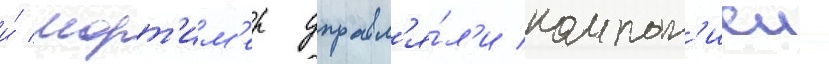
и́ морт'им'ер управл'я́л'и компан'иеи